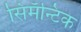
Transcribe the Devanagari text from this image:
सिमॅन्टिक